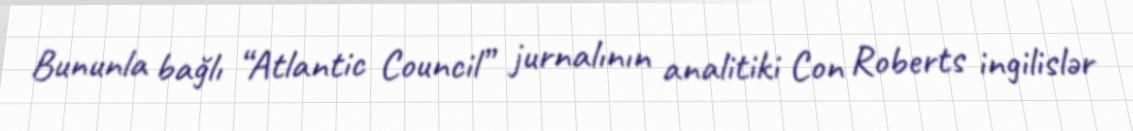
Bununla bağlı “Atlantic Council” jurnalının analitiki Con Roberts ingilislər